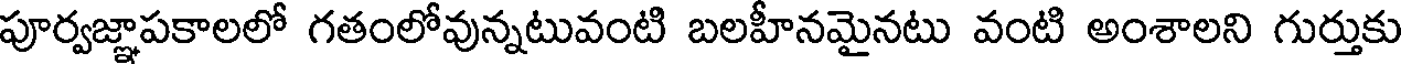
పూర్వజ్ఞాపకాలలో గతంలోవున్నటువంటి బలహీనమైనటు వంటి అంశాలని గుర్తుకు